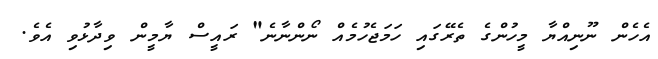
އެހެން ނޫނިއްޔާ މީހުންގެ ތެރޭގައި ހަމަޖެހުމެއް ނޯންނާނެ" ރައީސް ޔާމީން ވިދާޅުވި އެވެ.